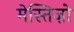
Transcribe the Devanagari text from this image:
मेस्तिज़ो